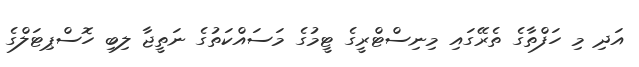
އަދި މި ހަފްތާގެ ތެރޭގައި މިނިސްޓްރީގެ ޓީމުގެ މަސައްކަތުގެ ނަތީޖާ ލިބި ހޮސްޕިޓަލްގެ